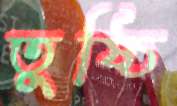
তুষ্ঠি